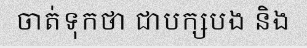
ចាត់ទុកថា ជាបក្សបង និង